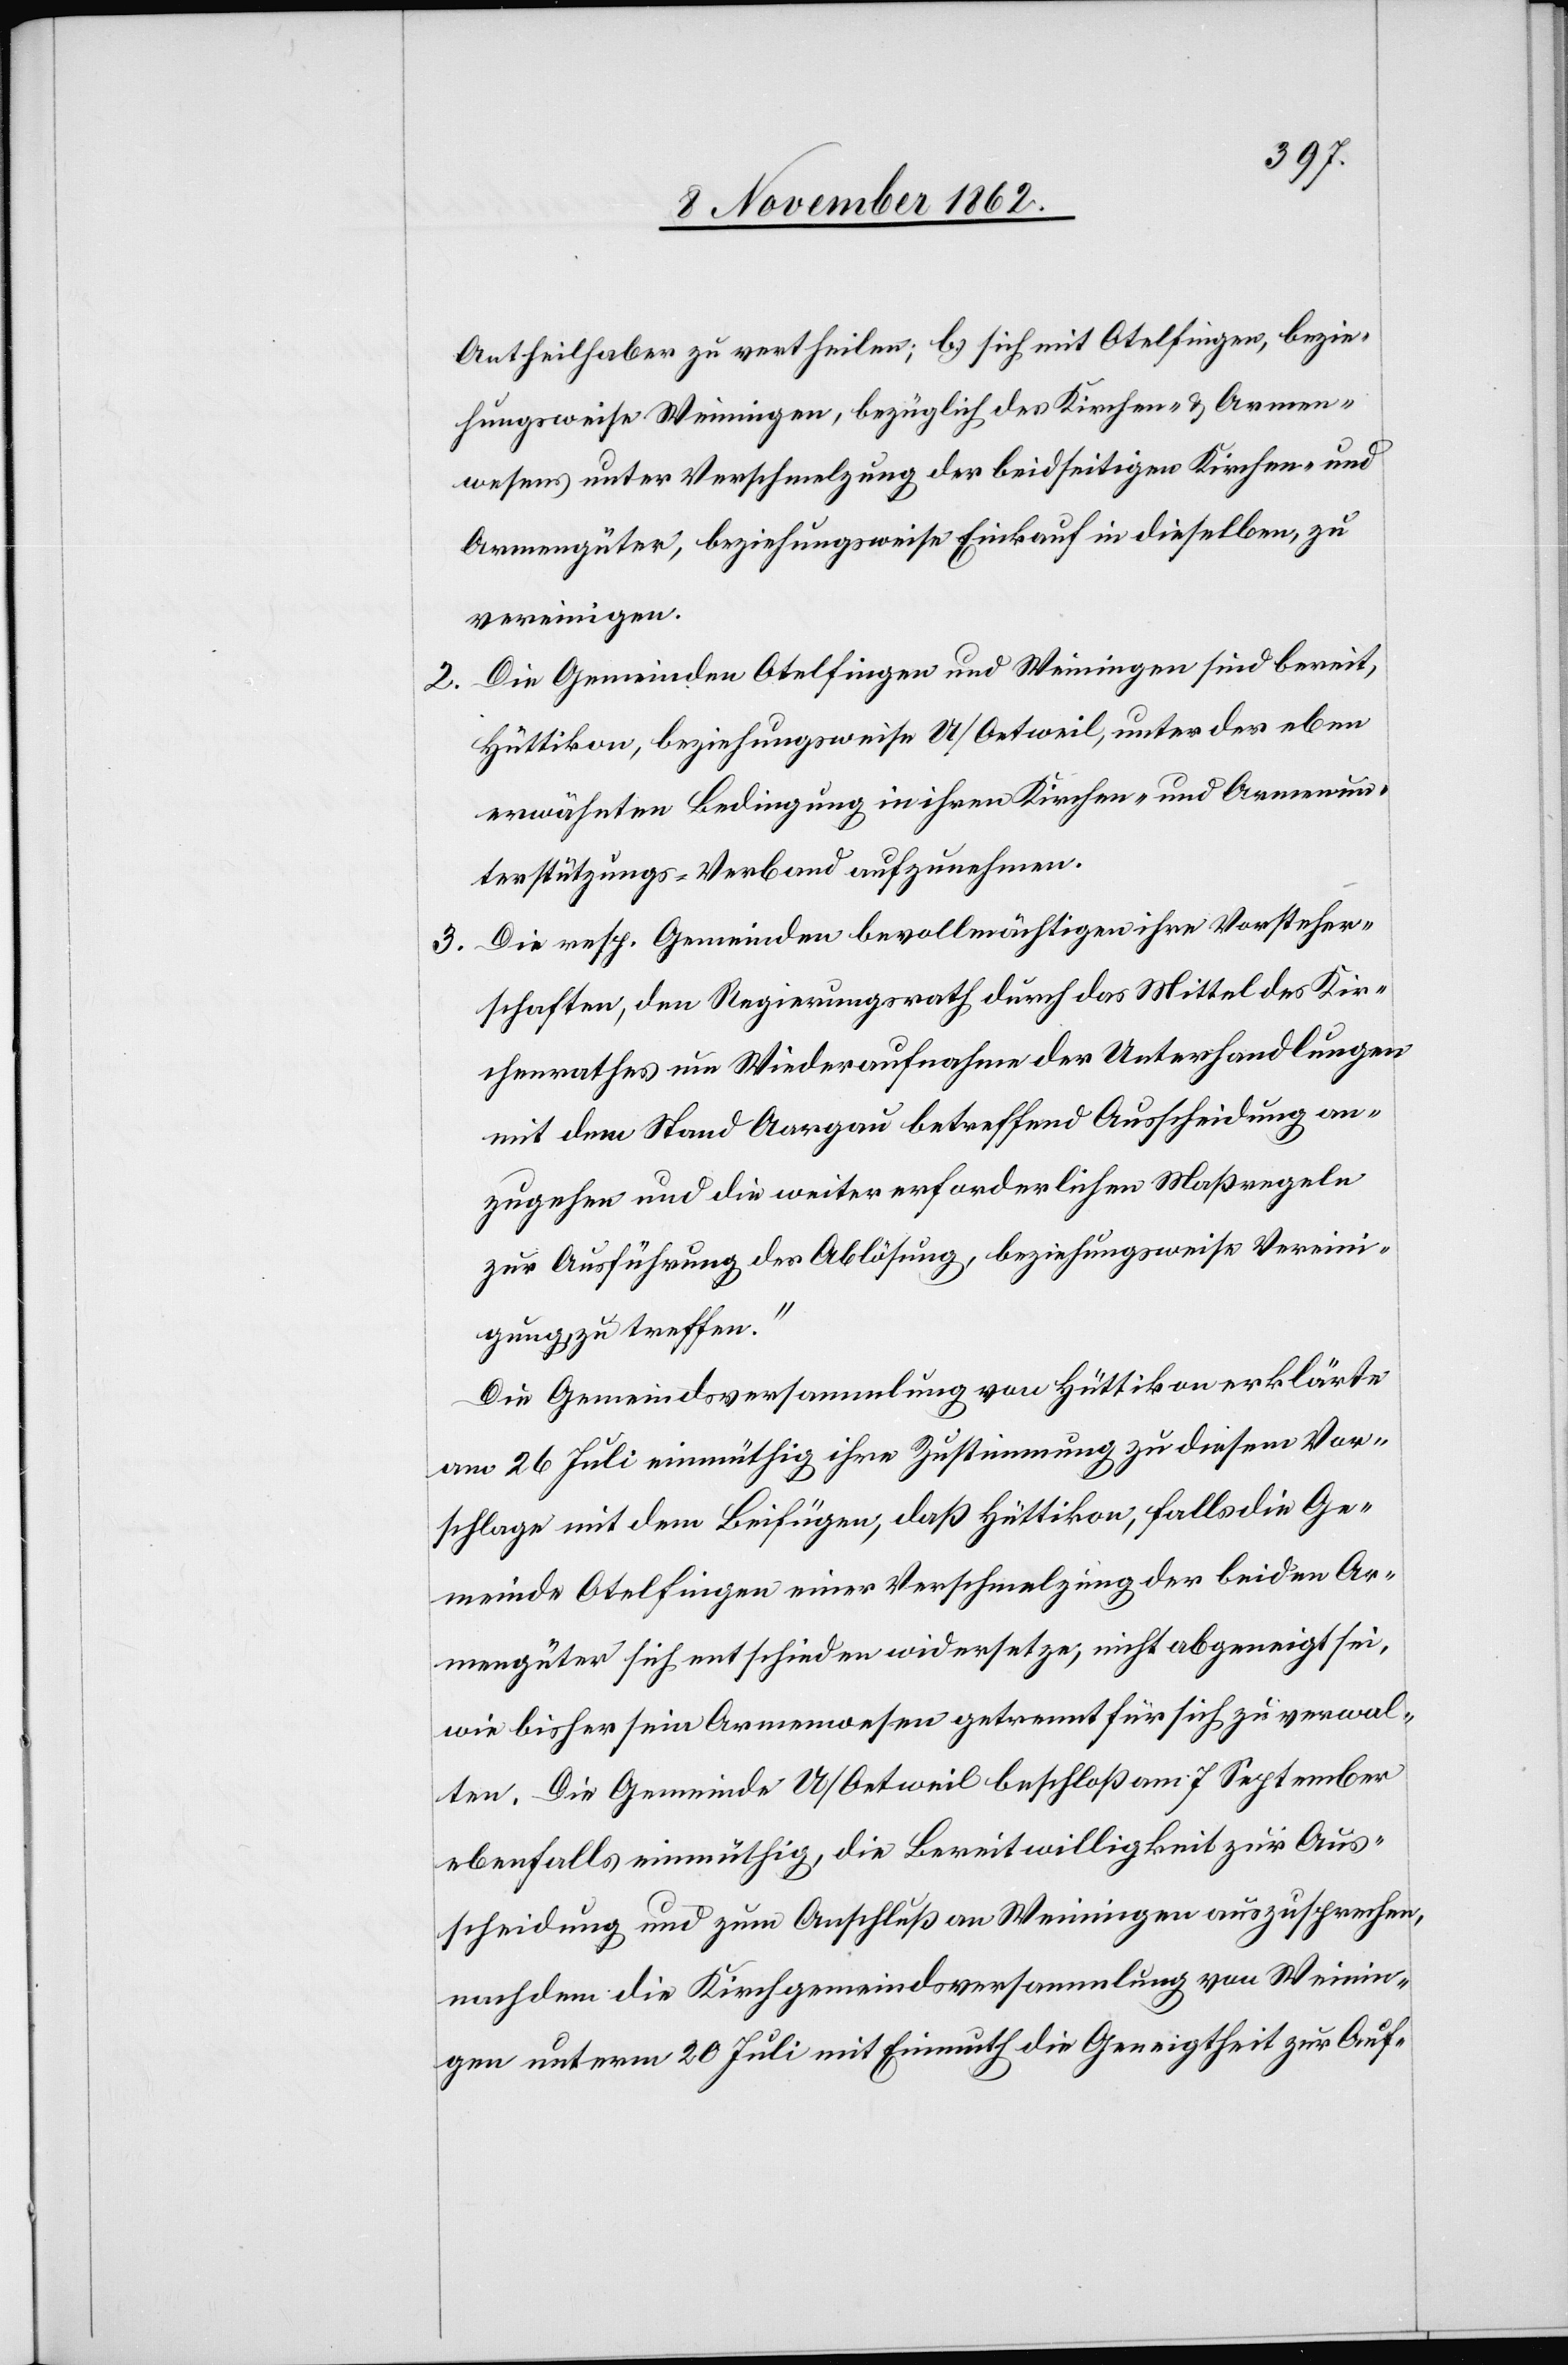
Antheilhaber zu vertheilen; b) sich mit Otelfingen, bezie¬
hungsweise Weiningen, bezüglich des Kirchen- u. Armen¬
wesens unter Verschmelzung der beidseitigen Kirchen- und
Armengüter, beziehungsweise Einkauf in dieselben, zu
vereinigen.
Die Gemeinden Otelfingen und Weiningen sind bereit,
Hüttikon, beziehungsweise U/Oetweil, unter der eben
erwähnten Bedingung in ihren Kirchen- und Armenun¬
terstützungs-Verband aufzunehmen.
3. Die resp. Gemeinden bevollmächtigen ihre Vorsteher¬
schaften, den Regierungsrath durch das Mittel des Kir¬
chenrathes um Wiederaufnahme der Unterhandlungen
mit dem Stand Aargau betreffend Ausscheidung an¬
zugehen und die weiter erforderlichen Maßregeln
zur Ausführung der Ablösung, beziehungsweise Vereini¬
gung, zu treffen.“
Die Gemeindsversammlung von Hüttikon erklärte
am 26. Juli einmüthig ihre Zustimmung zu diesem Vor¬
schlage mit dem Beifügen, daß Hüttikon, falls die Ge¬
meinde Otelfingen einer Verschmelzung der beiden Ar¬
mengüter sich entschieden widersetze, nicht abgeneigt sei,
wie bisher seine Armenwesen getrennt für sich zu verwal¬
ten. Die Gemeinde U/Oetweil beschloßen am 7. September
ebenfalls einmüthig, die Bereitwilligkeit zur Aus¬
scheidung und zum Anschluß an Weiningen auszusprechen,
nachdem die Kirchgemeindsversammlung von Weinin¬
gen unterm 20. Juli mit Einmuth die Geneigtheit zur Auf-